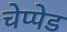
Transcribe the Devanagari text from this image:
चेप्पेड